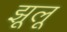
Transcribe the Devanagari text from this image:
झूलू